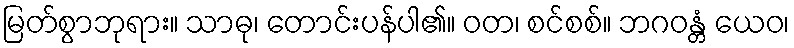
မြတ်စွာဘုရား။ သာဓု၊ တောင်းပန်ပါ၏။ ဝတ၊ စင်စစ်။ ဘဂဝန္တံ ယေဝ၊